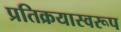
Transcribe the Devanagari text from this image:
प्रतिक्रयास्वरूप